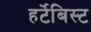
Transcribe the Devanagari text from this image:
हर्टेबिस्ट